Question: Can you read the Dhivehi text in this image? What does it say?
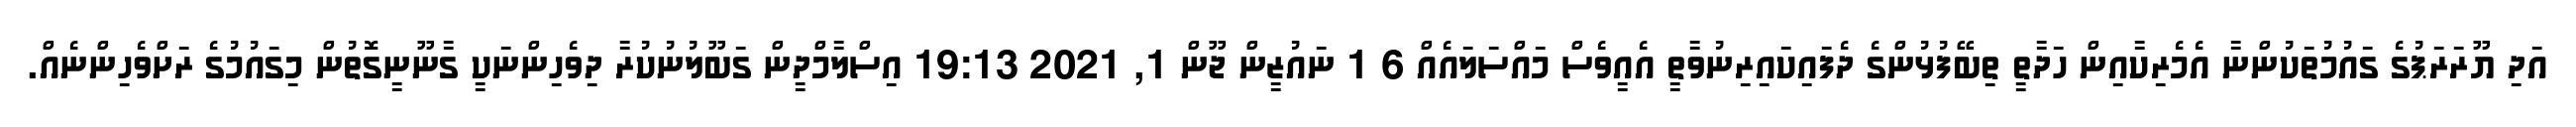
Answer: އަދި ޔޫރަރަޕުގެ ގައުމުތަކުންނާ އެމެރިކާއިން ހަދާތީ ތިބޭފުޅުންގެ ދެފައިކައިރިނުވާތީ އެއީވެސް މައްސަލައެއް 6 1 ނައުޒީން ޖޫން 1, 2021 19:13 އިސްލާމްދީން ގަބޫލުނުކުރާ ދިވެހިންނަކީ ގާނޫނީގޮތުން މިގައުމުގެ ރަށްވެހިންނެއް.